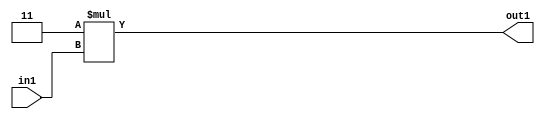
`timescale 1ps / 1ps
/*****************************************************************************
    Verilog RTL Description
    
    
    Created by: Stratus DpOpt 2019.1.01 
*******************************************************************************/

module DC_Filter_Mul2i3u2_1 (
	in1,
	out1
	); /* architecture "behavioural" */ 
input [1:0] in1;
output [3:0] out1;
wire [3:0] asc001;

assign asc001 = 
	+(4'B0011 * in1);

assign out1 = asc001;
endmodule

/* CADENCE  urbxSAE= : u9/ySgnWtBlWxVPRXgAZ4Og= ** DO NOT EDIT THIS LINE ******/